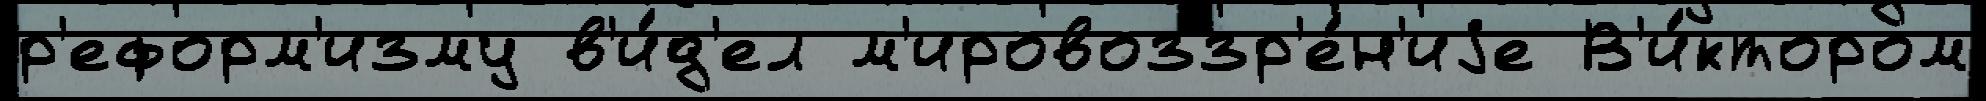
р'еформ'изму в'и́д'ел м'ировоззр'е́н'иjе В'и́ктором